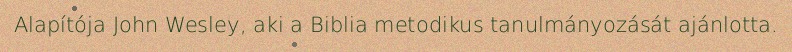
Alapítója John Wesley, aki a Biblia metodikus tanulmányozását ajánlotta.